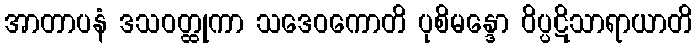
အာတာပနံ ဒသဝတ္ထုကာ သဒေဝကောတိ ပုစိမန္ဒော ဝိပ္ပဋိသာရာယာတိ